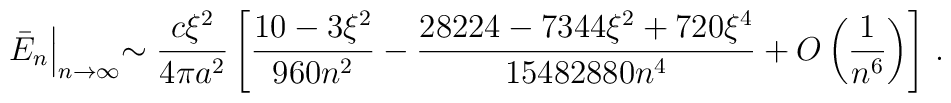
\bar E_n\Bigl |_{n\to \infty}\sim \frac{c \xi^2}{4\pi a^2}\left[\frac{10-3 \xi ^2}{960n^2}-\frac{28224-7344\xi^2+720\xi^4}{15482880n^4}+O\left(\frac{1}{n^6}\right)\right] \,{.}